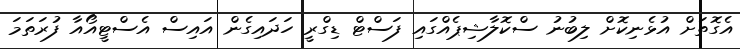
އެގޮތަށް އުޅެނިކޮށް ލިބުނު ސްކޮލާޝިޕެއްގައި ފަސްޓް ޑިގްރީ ހަދައިގެން އައިސް އެސްޓީއޯއާ ފުރަތަމަ